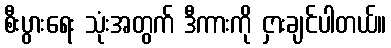
စီးပွားရေး သုံးအတွက် ဒီကားကို ငှားချင်ပါတယ်။